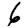
Digit: 6